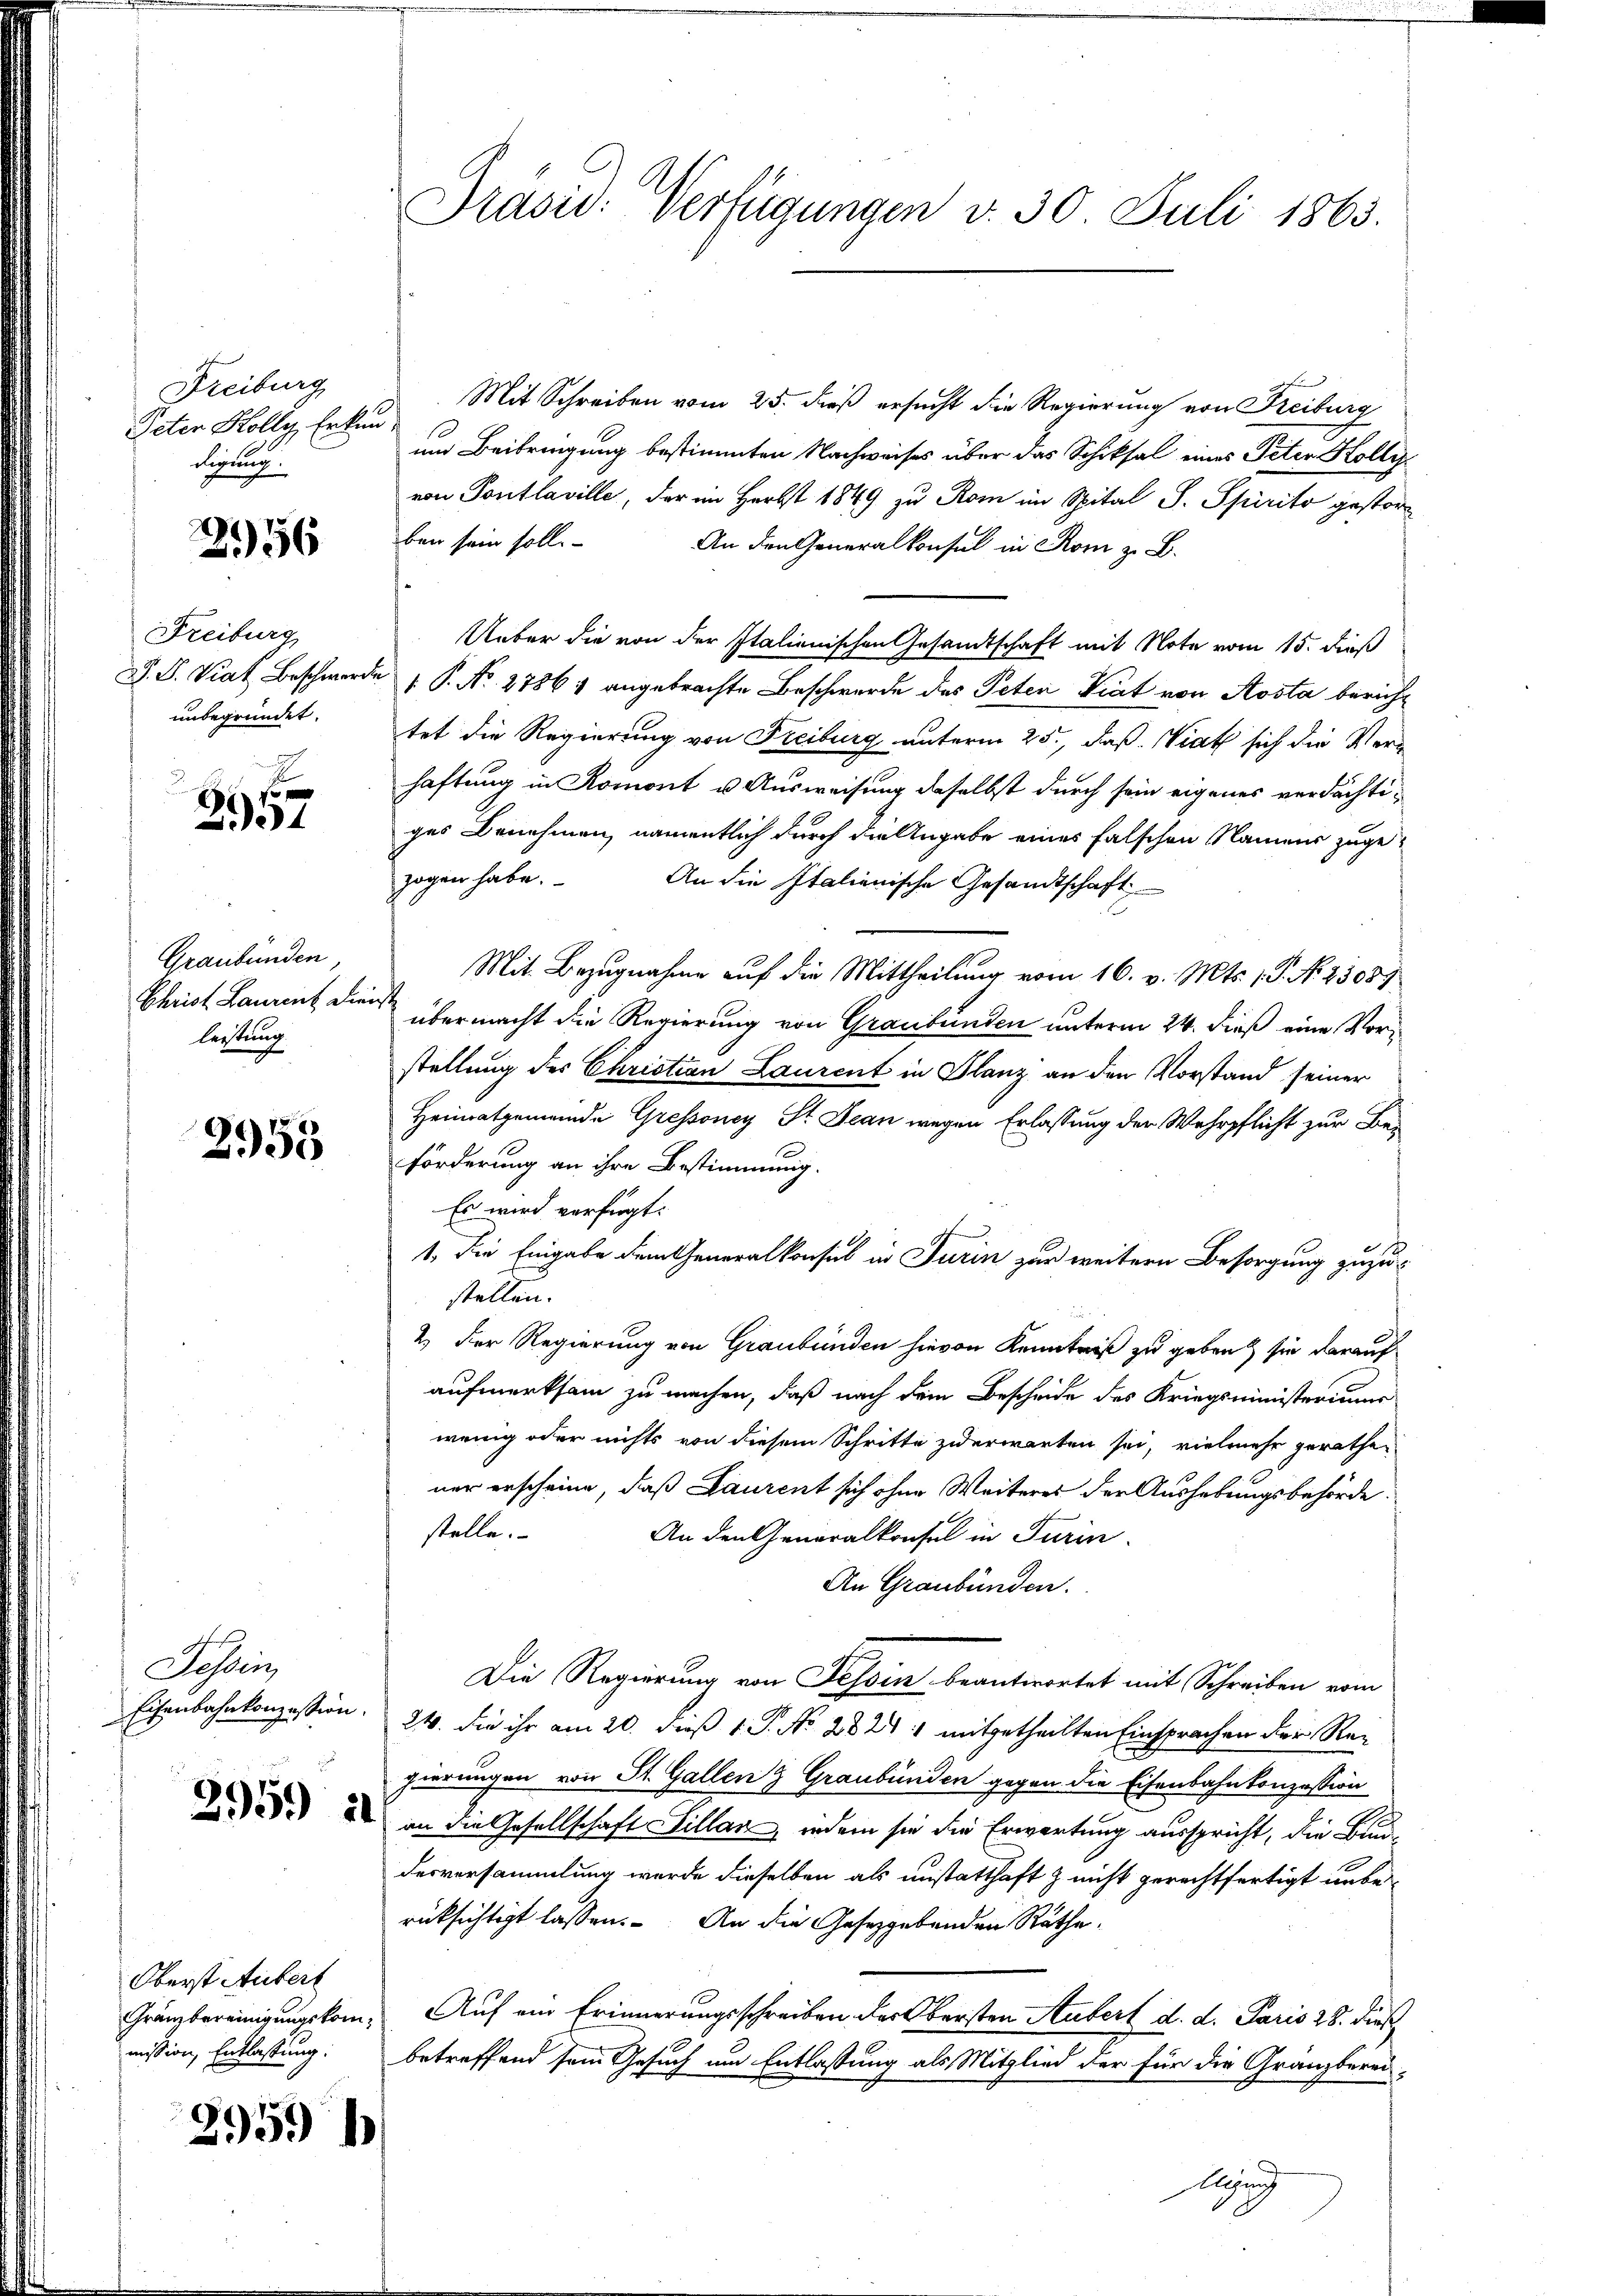
Freiburg
Peter Holly, Erkund
dirung

2956

Freiburg
unbegründet.

f
2131

Graubünden,
Christ Laurent Dienst
leistung.

2955

Schein
.

Mit Schreiben vom 25. dieß ersucht die Regierung von Freiburg
um Beibringung bestimmten Nachweises über das Schiksal eines Peter Holly
von Pontlaville, der im Herbst 1849 zu Rom im Spital S. Spirito gestor
ben sein soll.
An den Generalkonsul in Rom z. B.
Ueber die von der Italienischen Gesandtschaft mit Note vom 15. dieß
S. S. Viat Beschwerde  P. Nr. 2786) angebrachte Beschwerde des Peten Krat von Aosta bericht
tet die Regierung von Freiburg unterm 25., daß Wiat sich die Verhaftung in Romont u. Ausweisung daselbst durch sein eigenes verdächtiges Benehmen, namentlich durch die Angabe eines falschen Namens zugezogen habe.
An die Italienische Gesandtschaft
Mit Bezugnahme auf die Mittheilung vom 16. v. Mts. 1. P. No. 2308)
übermacht die Regierung von Graubünden unterm 24. dieß eine Vorstellung des Christian Laurent in Glanz an den Vorstand seiner
Heimatgemeinde Gressoney St. Jean wegen Erlassung der Wehrpflicht zur Be¬
Förderung an ihre Bestimmung.
Es wird verfügt:
1. Die Eingabe dem Generalkonsul in Turin zur weitern Besorgung zuzustellen.
2.) Der Regierung von Graubünden hievon Kenntniß zu geben sie darauf
aufmerksam zu machen, daß nach dem Bescheide des Kriegsministeriums
wenig oder nichts von diesem Schritte zu erwarten sei, vielmehr gerathe
ner erscheine, daß Laurent sich ohne Weiteres der Aushebungsbehörde.
stelle.
An den Generalkonsel in Turin
An Graubünden.
Die Regierung von Fessen beantwortet mit Schreiben vom
Eisenbahnkonzession. 24. die ihr am 20. dieß 1 P. No. 28241 mitgetheilten Einsprachen der Regierungen von St. Gallen Graubünden gegen die Eisenbahnkonzession
52 an die Gesellschaft Sillan, indem sie die Erwartung ausspricht, die Bundesversammlung wurde dieselben als unstatthaft & nicht gerechtfertigt unberüksichtigt lassen. An die Gesetzgebenden Räthe.
Grämbereinigungskom. Auf ein Erinnerungsschreiben der Obersten Aubert d. d. Paris 28. Dies
betreffend sein Gesuch um Entlassung als Mitglied der für die Gränzberei-
g

Oberst Aubert
mission, Entlassung:

2959 h

Präsid. Verfügungen v. 30. Juli 1863.